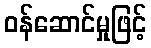
ဝန်ဆောင်မှုဖြင့်